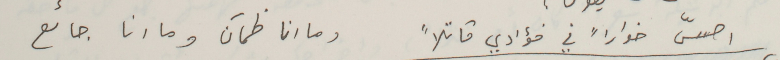
احسّ خواراً في فؤادي قاتلاً                       وما انا ظمآن وما انا جائع